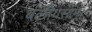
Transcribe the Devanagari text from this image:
बलीयसाम्।